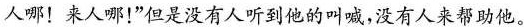
人哪！来人哪！”但是没有人听到他的叫喊，没有人来帮助他。